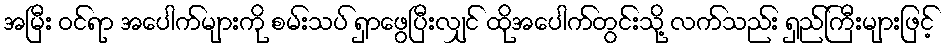
အမြီး ဝင်ရာ အပေါက်များကို စမ်းသပ် ရှာဖွေပြီးလျှင် ထိုအပေါက်တွင်းသို့ လက်သည်း ရှည်ကြီးများဖြင့်